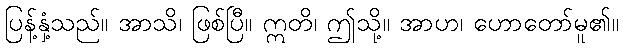
ပြန့်နှံ့သည်။ အာသိ၊ ဖြစ်ပြီ။ ဣတိ၊ ဤသို့။ အာဟ၊ ဟောတော်မူ၏။